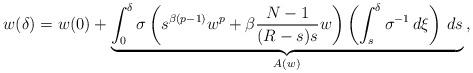
LaTeX: \begin{align*}w(\delta) = w(0)+ \underbrace{\int_0^\delta \sigma \left( s^{\beta(p-1)} w^p + \beta \frac{N-1}{(R-s)s}w\right)\left(\int_s^\delta\sigma^{-1}\,d\xi\right)\,ds}_{A(w)}\,,\end{align*}